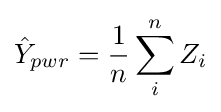
{\hat {Y}}_{pwr}={\frac {1}{n}}\sum _{i}^{n}Z_{i}